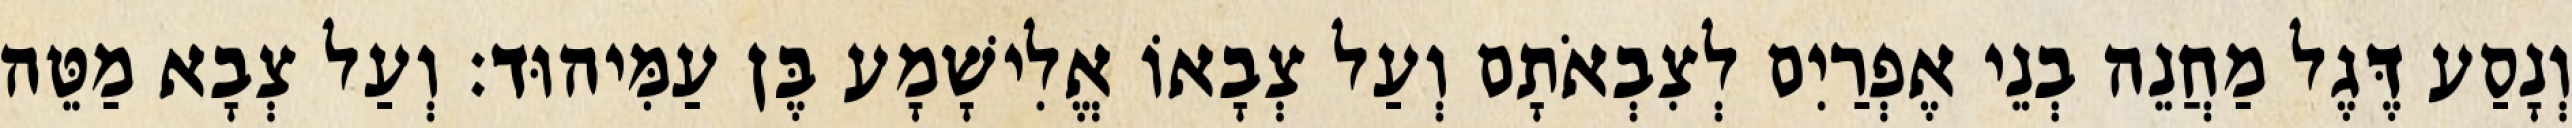
וְנָסַע דֶּגֶל מַחֲנֵה בְנֵי אֶפְרַיִם לְצִבְאֹתָם וְעַל צְבָאוֹ אֱלִישָׁמָע בֶּן עַמִּיהוּד׃ וְעַל צְבָא מַטֵּה